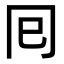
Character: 囘